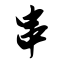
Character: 串